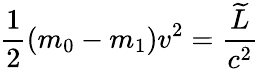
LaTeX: {\frac{1}{2}}(m_{0}-m_{1})v^{2}=\frac{\widetilde{L}}{c^{2}}